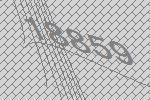
18859